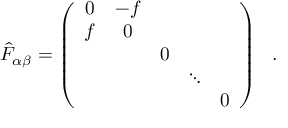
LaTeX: { \hat { F } } _ { \alpha \beta } = \left( \begin{array} { c c c c c } { { 0 } } & { { - f } } & { { } } & { { } } & { { } } \\ { { f } } & { { 0 } } & { { } } & { { } } & { { } } \\ { { } } & { { } } & { { 0 } } & { { } } & { { } } \\ { { } } & { { } } & { { } } & { { \ddots } } & { { } } \\ { { } } & { { } } & { { } } & { { } } & { { 0 } } \end{array} \right) ~ ~ .